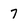
Character: 7